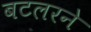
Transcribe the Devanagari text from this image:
बटलरने